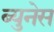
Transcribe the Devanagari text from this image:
ब्युनेस